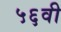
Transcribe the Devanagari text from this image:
५६वी